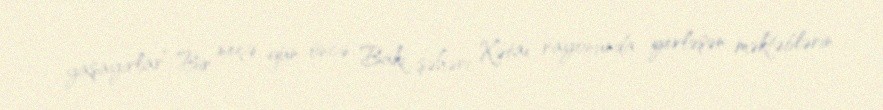
yaşayırlar” Bir neçə gün öncə Bakı şəhəri Xətai rayonunda yerləşən məktəblərin